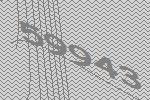
59943